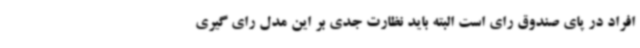
افراد در پای صندوق رای است البته باید نظارت جدی بر این مدل رای گیری